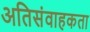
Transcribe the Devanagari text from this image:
अतिसंवाहकता